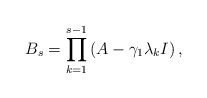
\begin{align*}B_s=\prod_{k=1}^{s-1}\left(A-\gamma_1\lambda_kI \right),\end{align*}